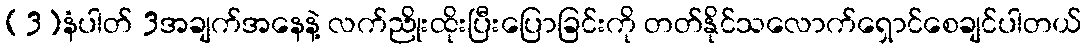
(3)နံပါတ် 3အချက်အနေနဲ့ လက်ညိုးထိုးပြီးပြောခြင်းကို တတ်နိုင်သလောက်ရှောင်စေချင်ပါတယ်